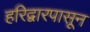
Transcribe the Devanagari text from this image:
हरिद्वारपासून